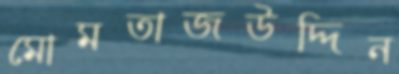
মোমতাজউদ্দিন